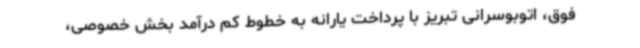
فوق، اتوبوسرانی تبریز با پرداخت یارانه به خطوط کم درآمد بخش خصوصی،